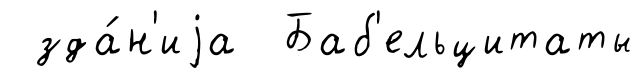
зда́н'иjа Баб'ельцитаты